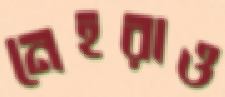
নেহরাও